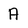
Character: A